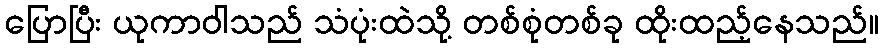
ပြောပြီး ယုကာဝါသည် သံပုံးထဲသို့ တစ်စုံတစ်ခု ထိုးထည့်နေသည်။